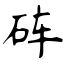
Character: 砗